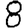
Digit: 8